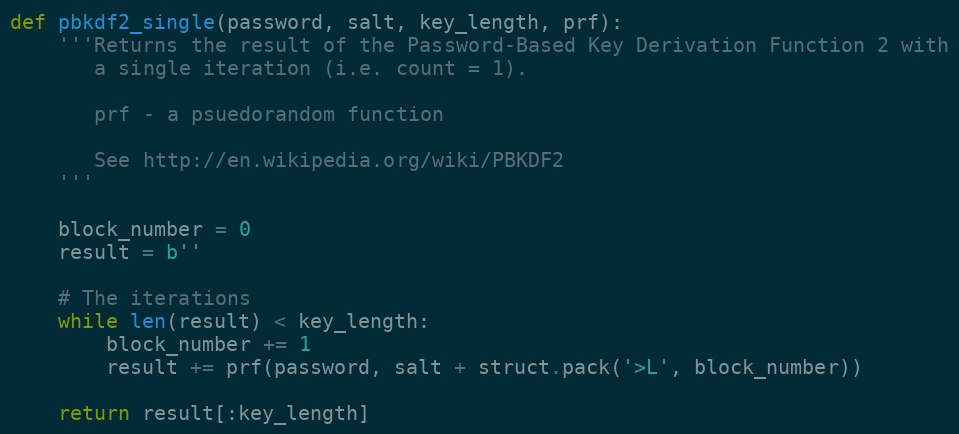
Language: Python
def pbkdf2_single(password, salt, key_length, prf):
    '''Returns the result of the Password-Based Key Derivation Function 2 with
       a single iteration (i.e. count = 1).

       prf - a psuedorandom function

       See http://en.wikipedia.org/wiki/PBKDF2
    '''

    block_number = 0
    result = b''

    # The iterations
    while len(result) < key_length:
        block_number += 1
        result += prf(password, salt + struct.pack('>L', block_number))

    return result[:key_length]